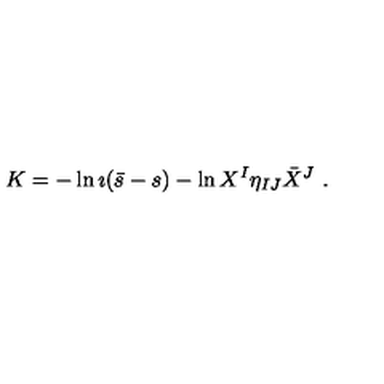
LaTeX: K = - \ln \imath ( \bar { s } - s ) - \ln { X ^ { I } \eta _ { I J } \bar { X } ^ { J } } \ .